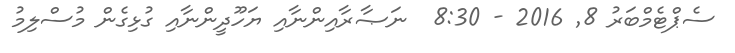
ސެޕްޓެމްބަރު 8